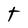
Character: t